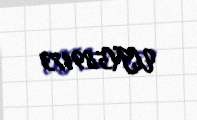
UN589173